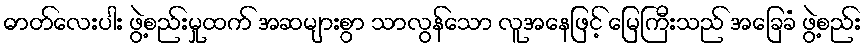
ဓာတ်လေးပါး ဖွဲ့စည်းမှုထက် အဆများစွာ သာလွန်သော လူအနေဖြင့် မြေကြီးသည် အခြေခံ ဖွဲ့စည်း